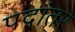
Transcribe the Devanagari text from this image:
पदांतर